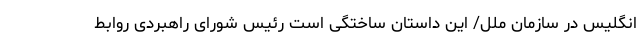
انگلیس در سازمان ملل/ این داستان ساختگی است رئیس شورای راهبردی روابط